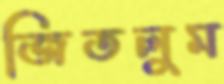
জিতলুম